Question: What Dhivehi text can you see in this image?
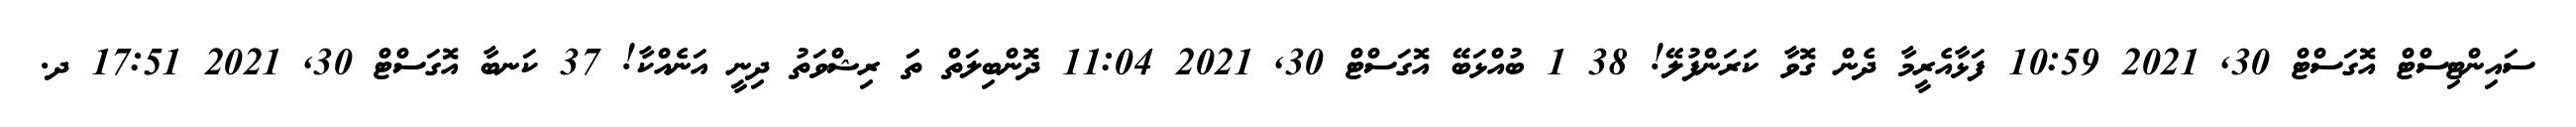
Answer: ސައިންޓިސްޓް އޮގަސްޓް 30, 2021 10:59 ފަޅާއެރީމާ ދެން ގޮވާ ކަރަންފުލޭ! 38 1 ބުއްޅަބޭ އޮގަސްޓް 30, 2021 11:04 ދޮންބިލަތް ތަަ ރިޝްވަތު ދިނީ އަނެއްކާ! 37 ކަނބާ އޮގަސްޓް 30, 2021 17:51 ދ.